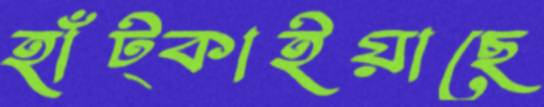
হাঁট্‌কাইয়াছে